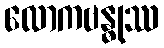
လောကဗန္ဓုဿ